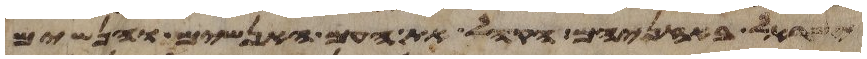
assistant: ישראל באזניהם הקהל את העם האנשים והנשים